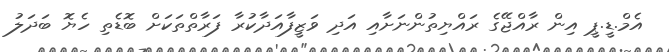
އެމް.ޑީ.ޕީ އިން ރާއްޖޭގެ ރައްޔިތުންނަށާއި އަދި ވަޒީފާއަދާކުރާ ފަރާތްތަކަށް ބޮޑެތި ހެޔޮ ބަދަލު